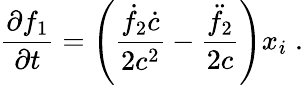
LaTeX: \frac{\partial f_{1}}{\partial t}=\left(\frac{\dot{f}_{2}\dot{c}}{2c^{2}}-\frac{\ddot{f}_{2}}{2c}\right)x_{i}\; .